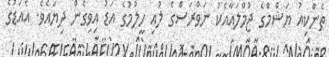
ތެންކިއު ޔަޝްމްގެ ޖުމްލައާއެކު ނަވްރަސްގެ ލުއި ހީލުމުގެ އަޑު އިވިގެން ދިޔައެވެ. އެއަޑުގެ